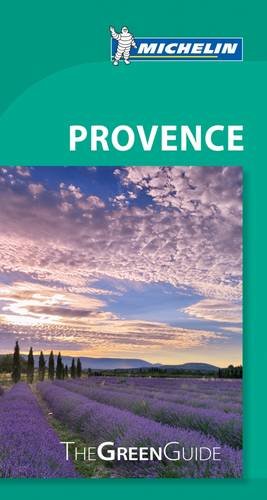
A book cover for Michelin Green Guide Provence (Green Guide/Michelin); Michelin Travel & Lifestyle; Travel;